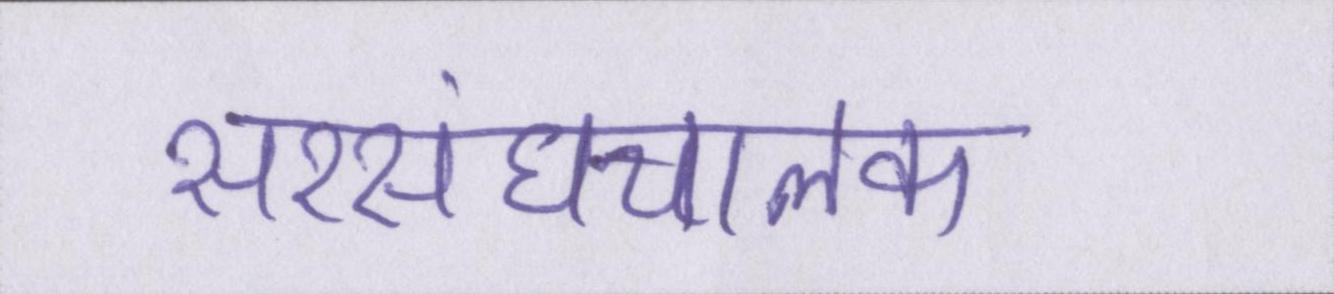
सरसंघचालक